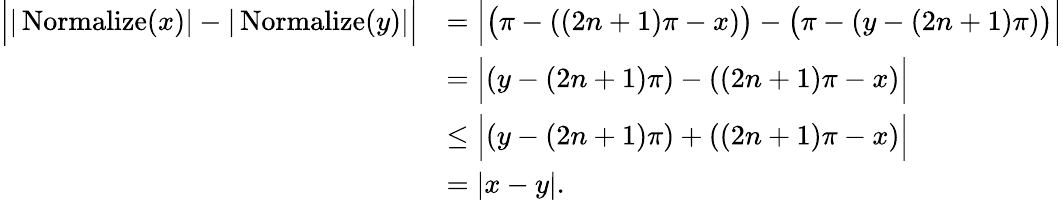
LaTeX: \begin{array}{rl}{\Big||\operatorname{Normalize}(x)|-|\operatorname{Normalize}(y)|\Big|}&{=\Big|\big(\pi-((2n+1)\pi-x)\big)-\big(\pi-(y-(2n+1)\pi)\big)\Big|}\\ &{=\Big|(y-(2n+1)\pi)-((2n+1)\pi-x)\Big|}\\ &{\leq\Big|(y-(2n+1)\pi)+((2n+1)\pi-x)\Big|}\\ &{=|x-y|.}\end{array}